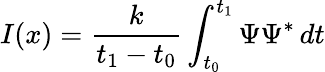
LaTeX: I(x)={\frac{k}{t_{1}-t_{0}}}\int_{t_{0}}^{t_{1}}\Psi\Psi^{\mathrm{*}}\, dt